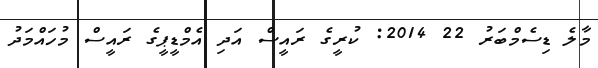
މާލެ ޑިސެމްބަރު 22 2014: ކުރީގެ ރައީސް އަދި އެމްޑީޕީގެ ރައީސް މުހައްމަދު